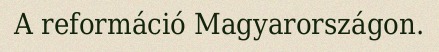
A reformáció Magyarországon.